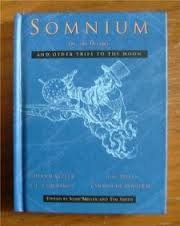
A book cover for Somnium and Other Trips to the Moon; John Miller; Science Fiction & Fantasy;